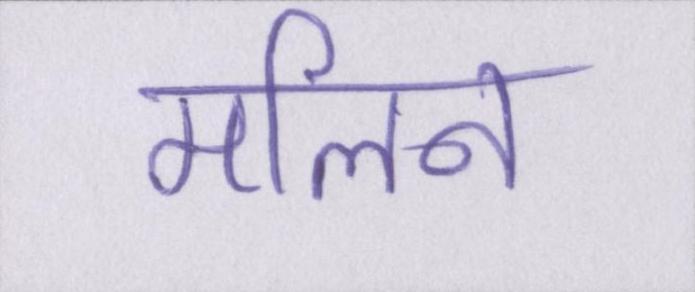
मलिन